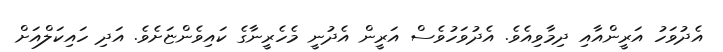
އެދުވަހު އަރީންއާއި ދިމާވިއެވެ. އެދުވަހުވެސް އަރީން އެދުނީ މެހެރީނާގެ ކައިވެންޏަށެވެ. އަދި ހައިކަލްއަށް